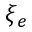
\xi _ { e }